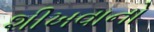
શીખવાનો